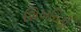
શિખરિણી